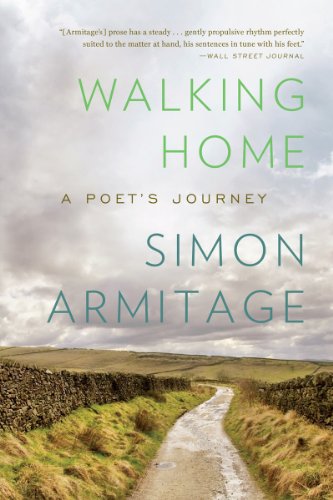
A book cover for Walking Home: A Poet's Journey; Simon Armitage; Travel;